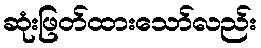
ဆုံးဖြတ်ထားသော်လည်း